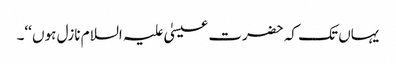
یہاں تک کہ حضرت عیسیٰ علیہ السلام نازل ہوں ‘‘۔